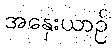
အနှေးယာဉ်